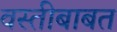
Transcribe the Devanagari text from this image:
वस्तीबाबत